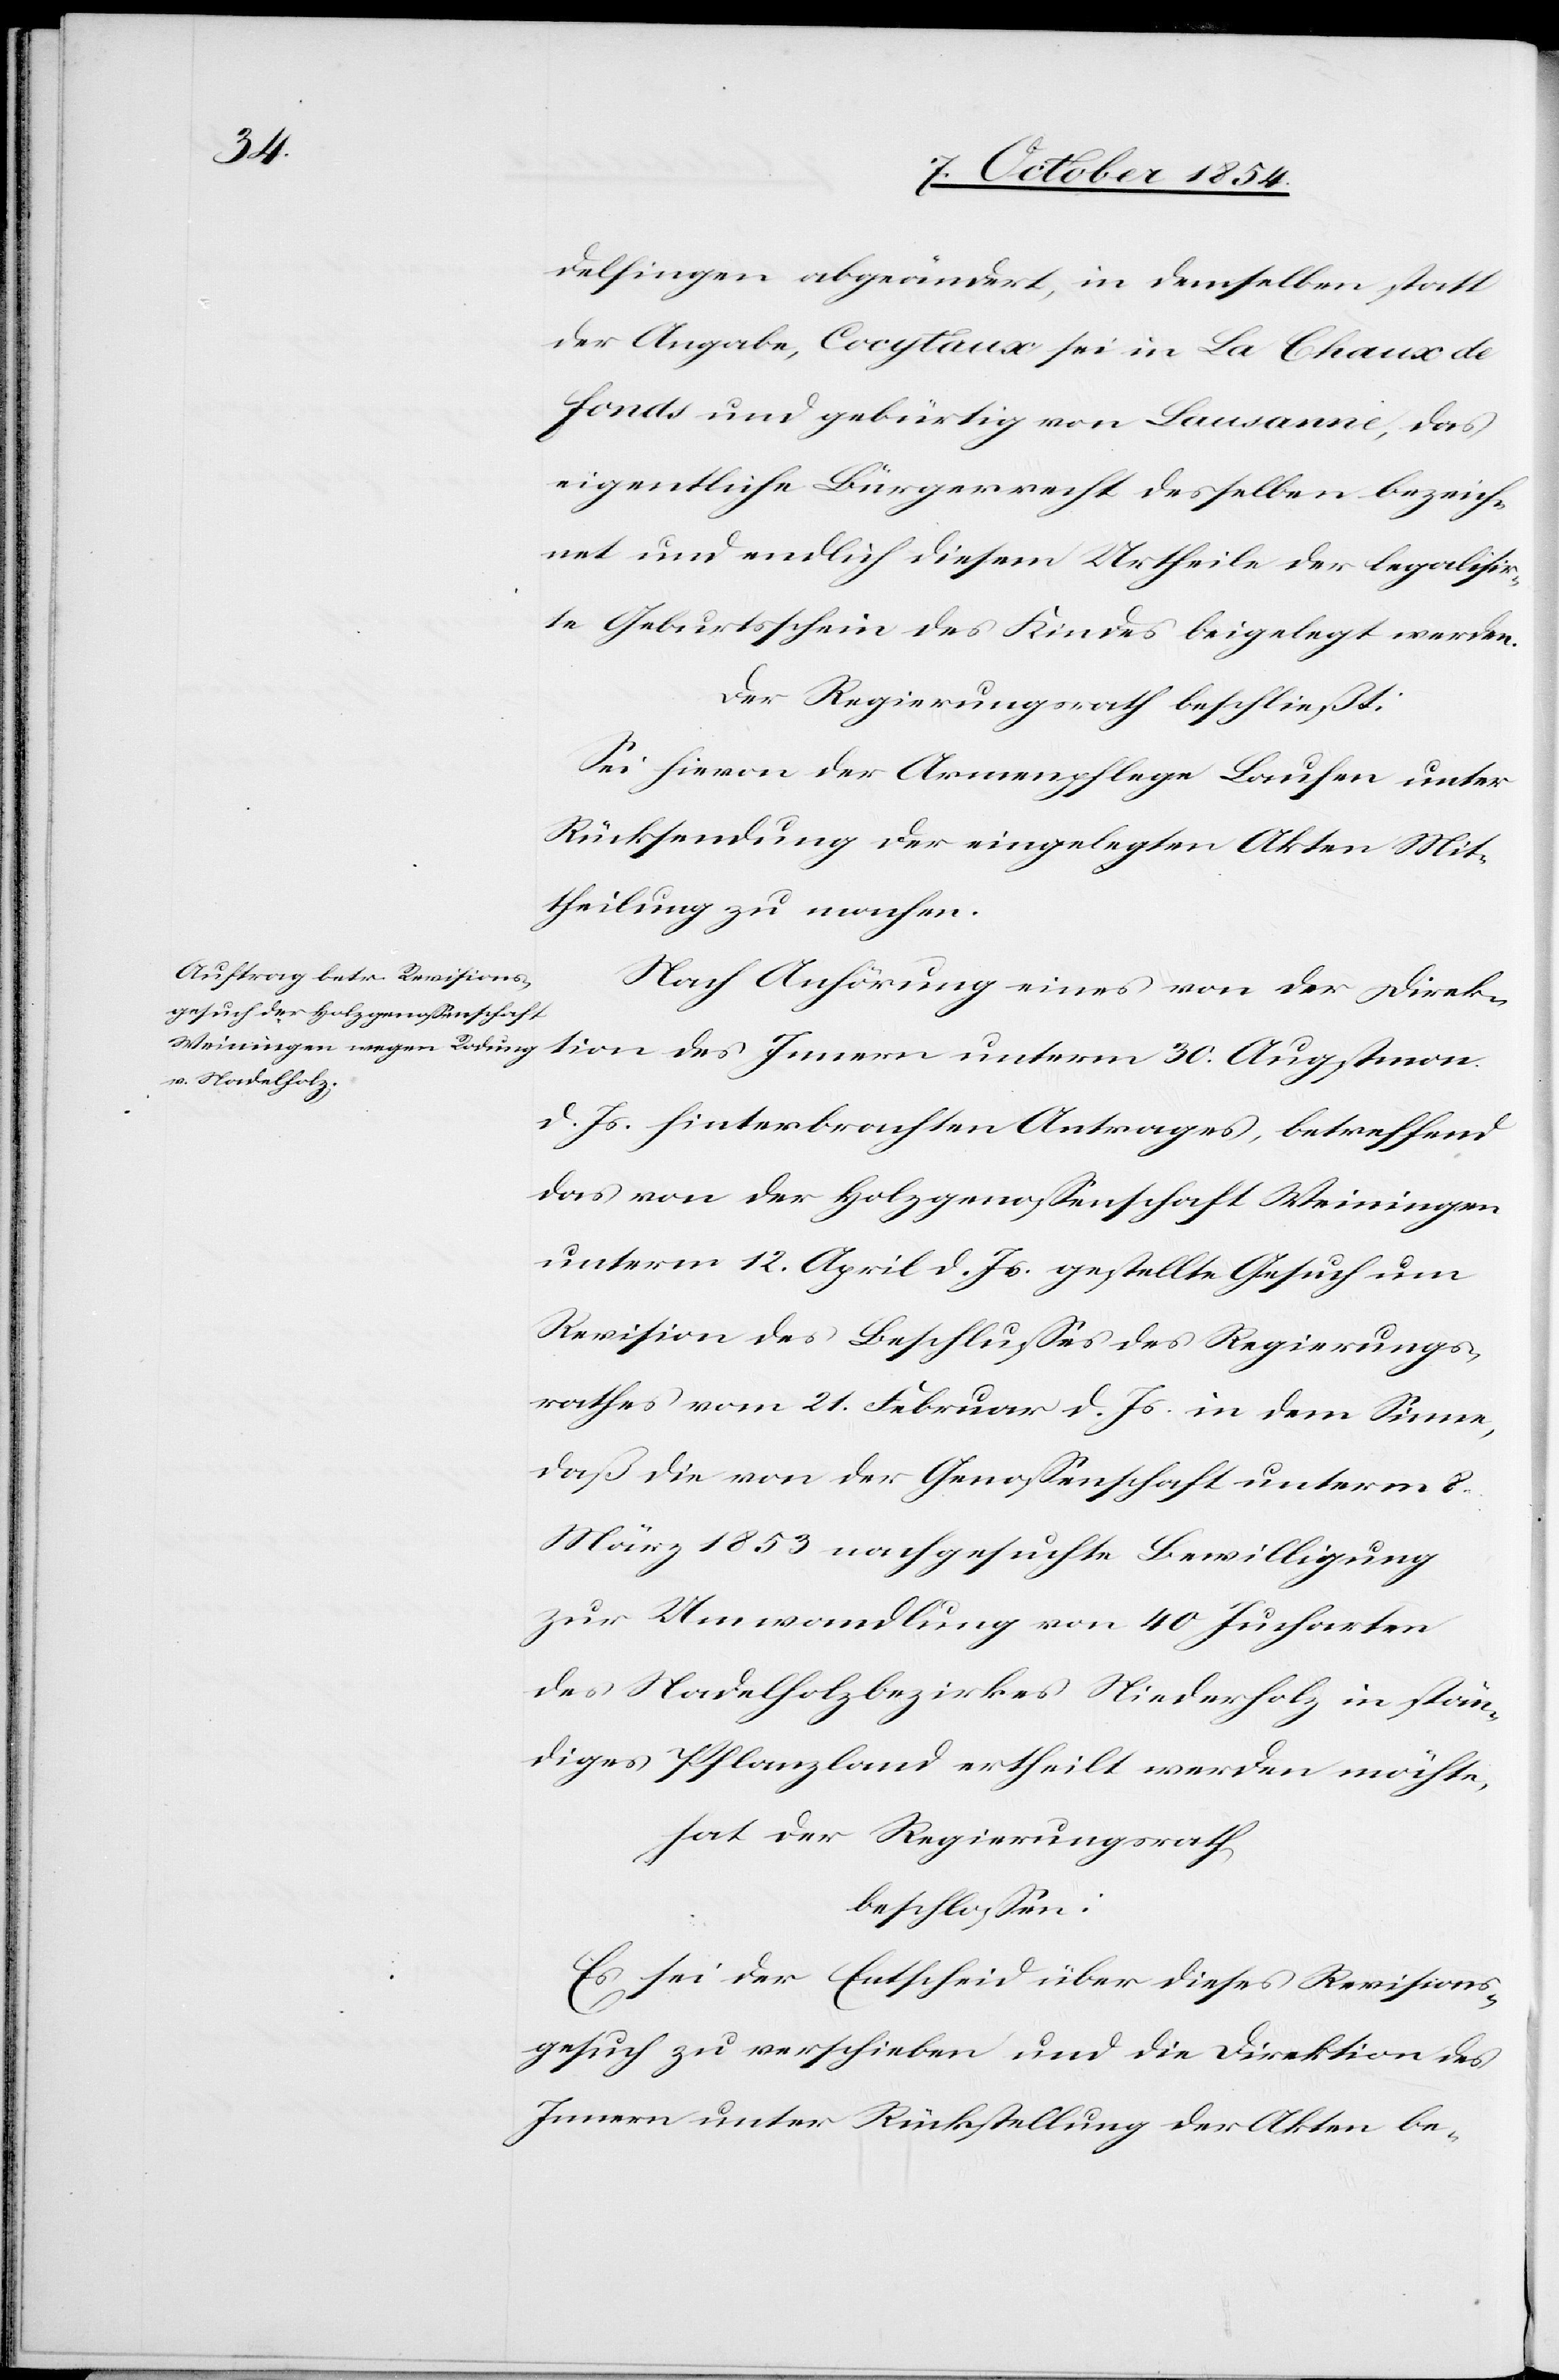
delfingen abgeändert, in demselben statt
der Angabe, Cocytaux sei in La Chaux de
Fonds und gebürtig von Lausanne, das
eigentliche Bürgerrecht desselben bezeich¬
net und endlich diesem Urtheile der legalisir¬
te Geburtsschein des Kindes beigelegt werden.
Der Regierungsrath beschließt:
Sei hievon der Armenpflege Laufen unter
Rücksendung der eingelegten Akten Mit¬
theilung zu machen.
Nach Anhörung eines von der Direk¬
tion des Innern unterm 30. Augstmon.
d. Js. hintergebrachten Antrages, betreffend
das von der Holzgenoßenschaft Weiningen
unterm 12. April d. Js. gestellte Gesuch um
Revision des Beschlußes des Regierungs¬
rathes vom 21. Februar d. Js. in dem Sinne,
daß die von der Genoßenschaft unterm 8.
März 1853 nachgesuchte Bewilligung
zur Umwandlung von 40 Jucharten
des Nadelholzbezirkes Niederholz in stän¬
diges Pflanzland ertheilt werden möchte,
hat der Regierungsrath
beschloßen:
sei der Entscheid über dieses Revisions¬
gesuch zu verschieben und die Direktion des
Innern unter Rückstellung der Akten be-